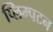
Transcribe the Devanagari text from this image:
प्लिम्पटन